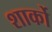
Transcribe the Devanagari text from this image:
शार्को